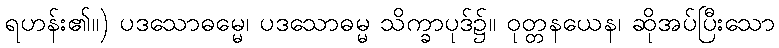
ရဟန်း၏။) ပဒသောဓမ္မေ၊ ပဒသောဓမ္မ သိက္ခာပုဒ်၌။ ဝုတ္တနယေန၊ ဆိုအပ်ပြီးသော